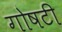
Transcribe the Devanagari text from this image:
गोषटी